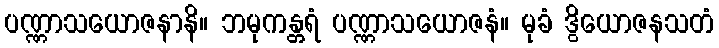
ပဏ္ဏာသယောဇနာနိ။ ဘမုကန္တရံ ပဏ္ဏာသယောဇနံ။ မုခံ ဒွိယောဇနသတံ